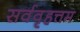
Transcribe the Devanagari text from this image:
सर्ववृहत्तम